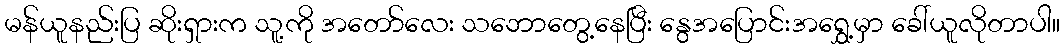
မန်ယူနည်းပြ ဆိုးရှားက သူ့ကို အတော်လေး သဘောတွေ့နေပြီး နွေအပြောင်းအရွှေ့မှာ ခေါ်ယူလိုတာပါ။